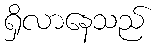
ရှိလာနေသည်